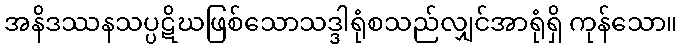
အနိဒဿနသပ္ပဋိဃဖြစ်သောသဒ္ဒါရုံစသည်လျှင်အာရုံရှိ ကုန်သော။